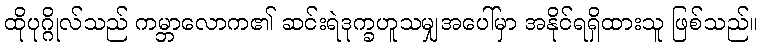
ထိုပုဂ္ဂိုလ်သည် ကမ္ဘာလောက၏ ဆင်းရဲဒုက္ခဟူသမျှအပေါ်မှာ အနိုင်ရရှိထားသူ ဖြစ်သည်။